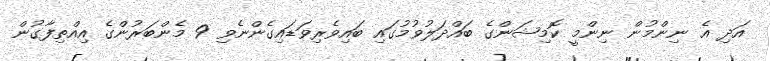
އަދި އެ ނިންމުން ނިންމީ ކޮމިޝަންގެ ބައްދަލުވުމުގައި ބައިވެރިވަޑައިގެންނެވި 9 މެންބަރުންގެ އިއްތިފާގުން